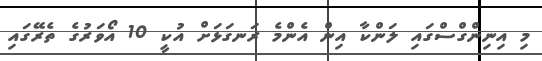
މި އިނިންގްސްގައި ލަންކާ އިން އެންމެ ރަނގަޅަށް އުކީ 10 އޯވަރުގެ ތެރޭގައި